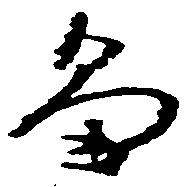
畠